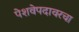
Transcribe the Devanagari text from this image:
पेशवेपदावरचा